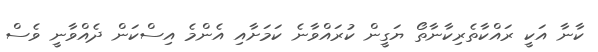
ކާނާ އަކީ ރައްކާތެރިކާނާތޯ ޔަގީން ކުރައްވާނެ ކަމަށާއި އެންމެ އިސްކަން ދެއްވާނީ ވެސް